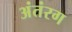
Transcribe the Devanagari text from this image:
अंतंरग